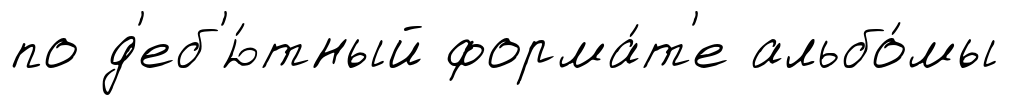
по д'еб'ю́тный форма́т'е альбо́мы